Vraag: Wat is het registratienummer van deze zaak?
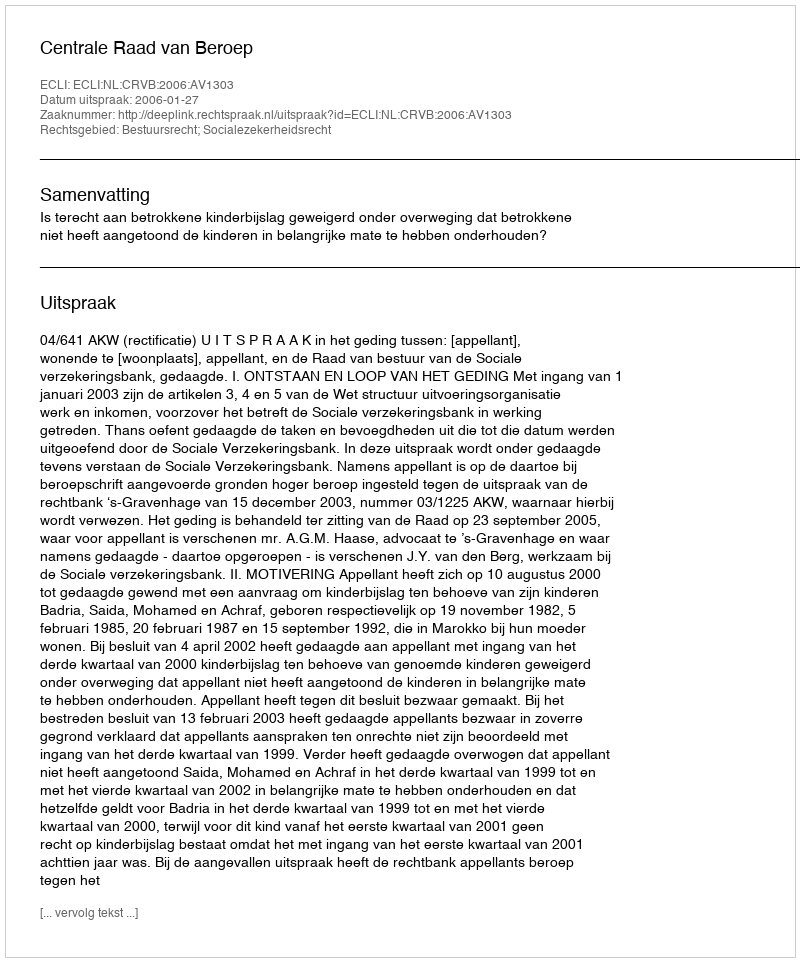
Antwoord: http://deeplink.rechtspraak.nl/uitspraak?id=ECLI:NL:CRVB:2006:AV1303